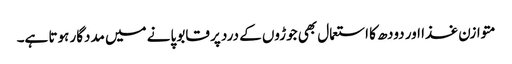
متوازن غذا اور دودھ کا استعمال بھی جوڑوں کے درد پر قابو پانے میں مددگار ہوتا ہے۔